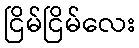
ငြိမ်ငြိမ်လေး